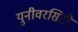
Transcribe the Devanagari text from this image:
युनीवरसिटी